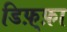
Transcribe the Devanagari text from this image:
डिफ़्फ़ा